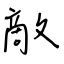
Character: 敵